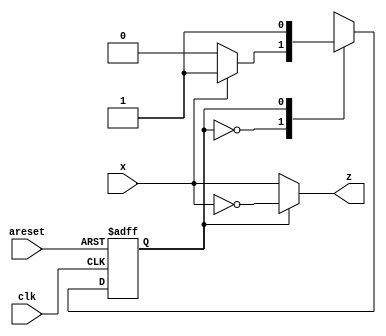
module top_module (
    input clk,
    input areset,
    input x,
    output z
); 
    parameter A=1'd0,B=1'd1;
    reg state, next;
    always@(*)begin
        case(state)
            A: next = x?B:A;
            B: next = B;
            default: next = A;
        endcase
    end
    always@(posedge clk, posedge areset)begin
        if(areset) state <= A;
        else state <= next;
    end
    always@(*)begin
        if(state==A) z = x;
        else if(state==B) z = ~x;
        else z = 1'b0;
    end
endmodule